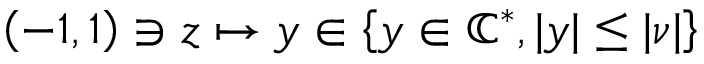
\left( - 1 , 1 \right) \ni z \mapsto y \in \left\{ \mathscr { y } \in \mathbb { C } ^ { * } , | \mathscr { y } | \leq | \nu | \right\}